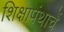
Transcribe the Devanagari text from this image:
शिक्षापंथाचें